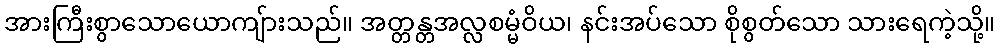
အားကြီးစွာသောယောကျ်ားသည်။ အတ္တန္တအလ္လစမ္မံဝိယ၊ နင်းအပ်သော စိုစွတ်သော သားရေကဲ့သို့။